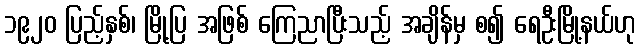
၁၉၂၀ ပြည့်နှစ်၊ မြို့ပြ အဖြစ် ကြေညာပြီးသည့် အချိန်မှ စ၍ ရေဦးမြို့နယ်ဟု